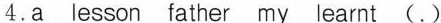
4.a lesson father my learnt (.)